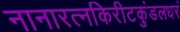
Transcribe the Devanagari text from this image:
नानारत्नकिरीटकुंडलधरं